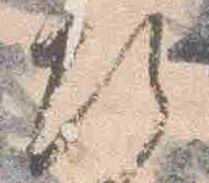
次